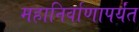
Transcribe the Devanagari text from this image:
महानिर्वाणापर्यंत